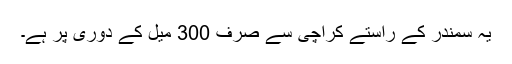
یہ سمندر کے راستے کراچی سے صرف 300 میل کے دوری پر ہے۔